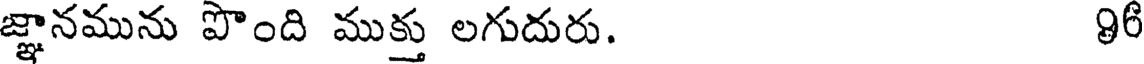
జ్ఞానమును పొంది ముక్తు లగుదురు. 96